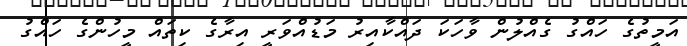
އަމީތުގެ ހައްގު ގެއްލުން ވާހަކަ ދައްކާއިރު މަޑުއްވަރީ އިރާގެ ކިތައް މީހުންގެ ހައްގު